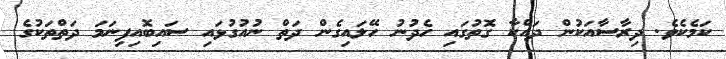
ކަމެކެވެ. ދިރާސާއަކުން ދައްކާ ގޮތުގައި ހެދުނު ހޭލައިގެން ދަތް ނުއުގުޅައި ސައިބޮއިފިނަމަ ދަތްތަކުގެ